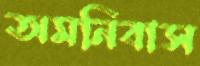
অমনিবাস